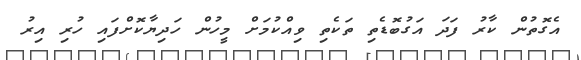
އެގޮތުން ކާރު ފަދަ އަގުބޮޑެތި ތަކެތި ވިއްކުމަށް މީހުން ހަދިޔާކޮށްފައި ހުރި އިރު